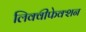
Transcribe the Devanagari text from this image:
लिक्वीफेक्शन